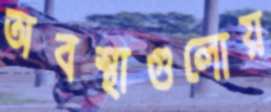
অবস্থাগুলোয়